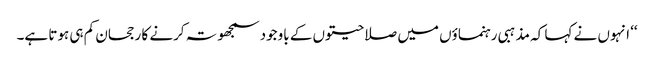
‘‘ انہوں نے کہا کہ مذہبی رہنماؤں میں صلاحیتوں کے باوجود سمجھوتہ کرنے کا رجحان کم ہی ہوتا ہے۔